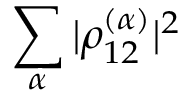
\sum _ { \alpha } \vert \rho _ { 1 2 } ^ { ( \alpha ) } \vert ^ { 2 }